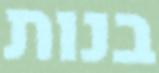
בנות